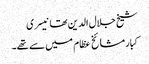
شیخ جلال الدین تھانیسری
کبار مشائخ عظام میں سے تھے۔